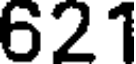
621